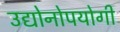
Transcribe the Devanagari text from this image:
उद्योनोपयोगी